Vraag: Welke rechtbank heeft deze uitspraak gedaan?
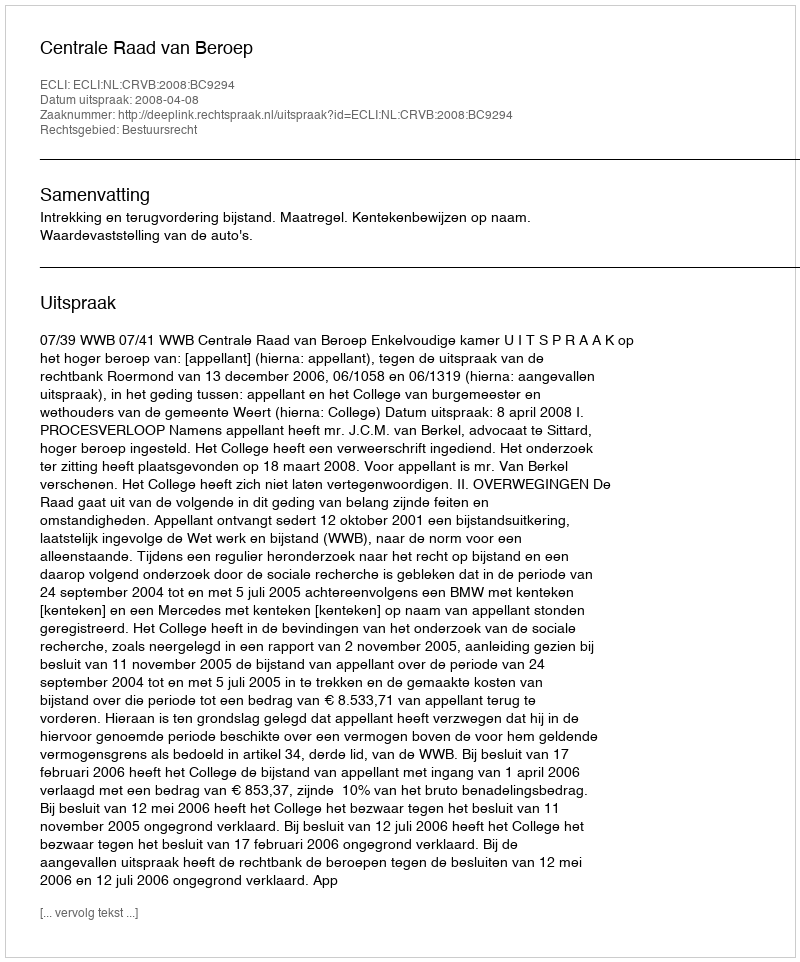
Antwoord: Centrale Raad van Beroep